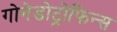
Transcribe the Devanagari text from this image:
गोनेडोट्रोफिन्स